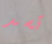
تسد